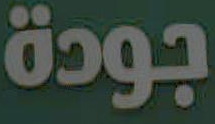
جودة